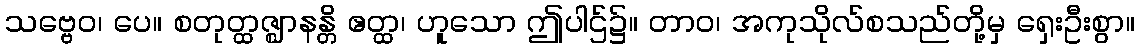
သဗ္ဗေဝ၊ ပေ။ စတုတ္ထဇ္ဈာနန္တိ ဧတ္ထ၊ ဟူသော ဤပါဌ်၌။ တာဝ၊ အကုသိုလ်စသည်တို့မှ ရှေးဦးစွာ။